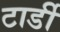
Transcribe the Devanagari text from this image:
टार्डी